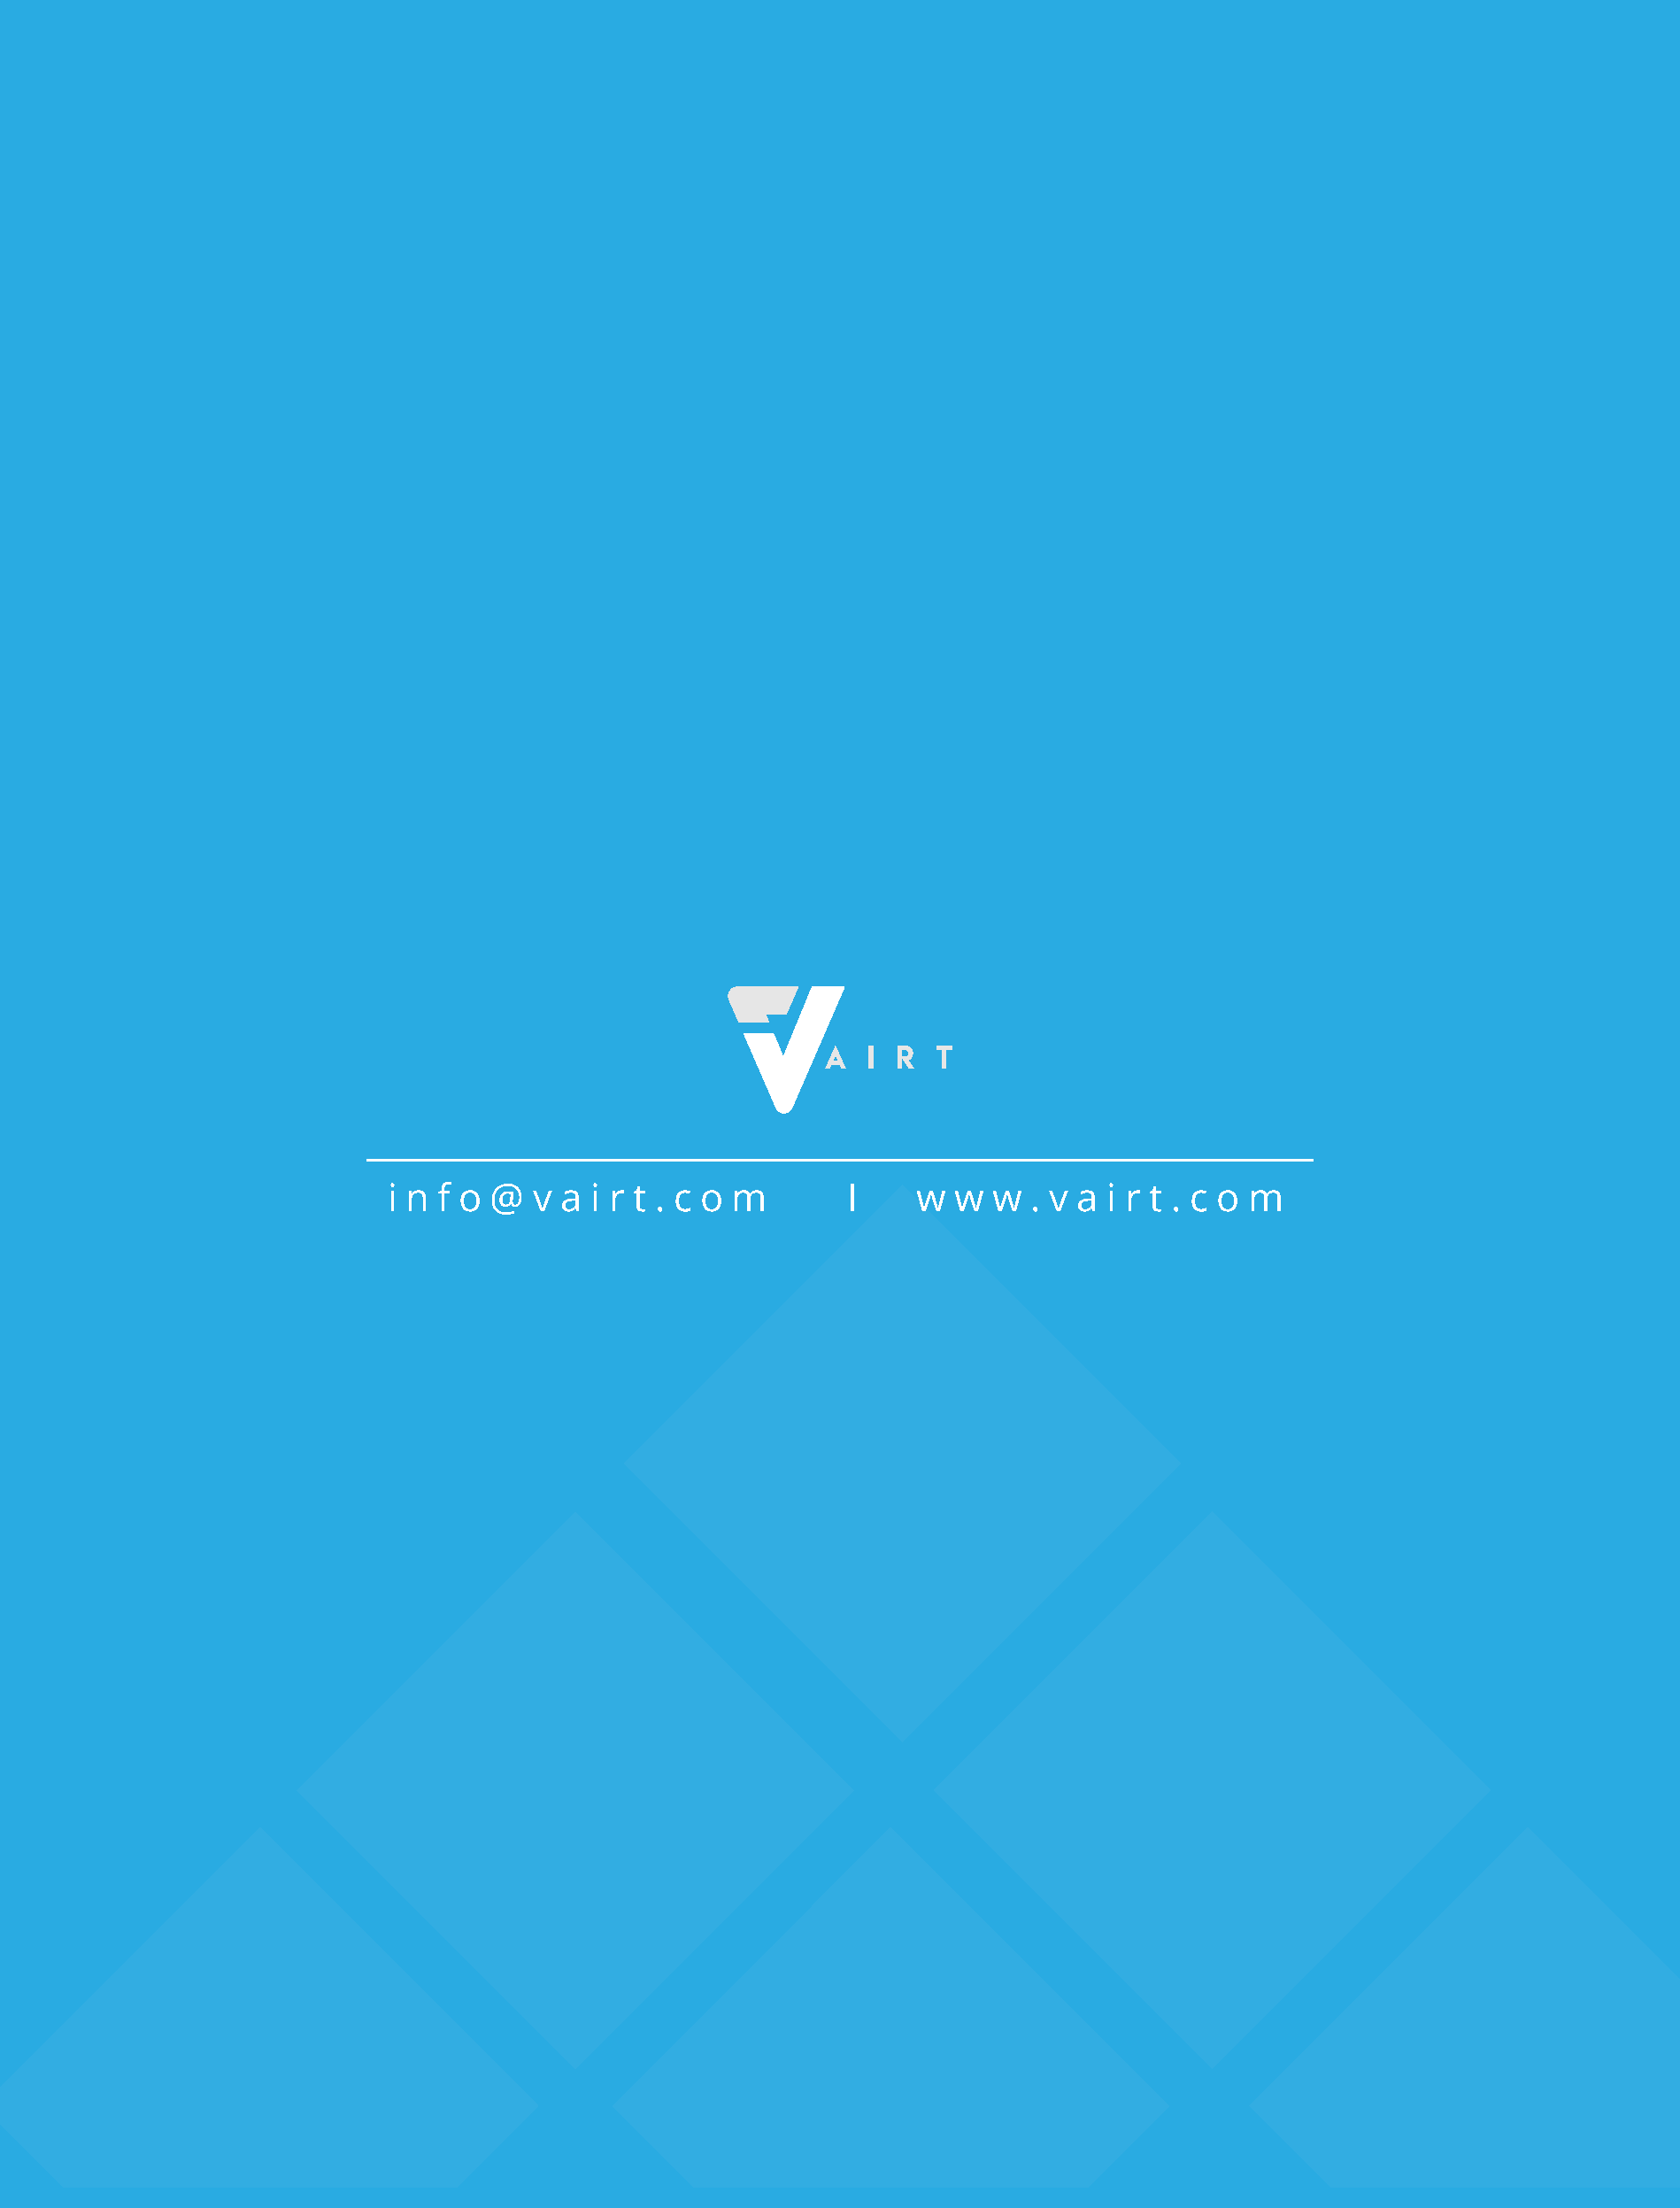
i n f o @  v a i r t . c o m      I     w w  w  . v a i r t . c o m